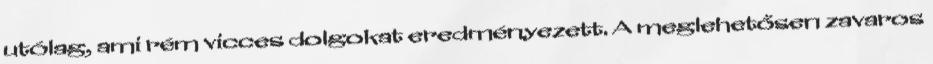
utólag, ami rém vicces dolgokat eredményezett. A meglehetősen zavaros